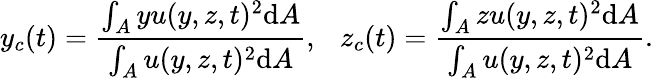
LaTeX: y_{c}(t)=\frac{\int_{A}yu(y,z,t)^{2}\mathrm{d}A}{\int_{A}u(y,z,t)^{2}\mathrm{d}A},~~~z_{c}(t)=\frac{\int_{A}zu(y,z,t)^{2}\mathrm{d}A}{\int_{A}u(y,z,t)^{2}\mathrm{d}A}.